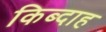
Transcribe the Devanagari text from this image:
किब्दाह